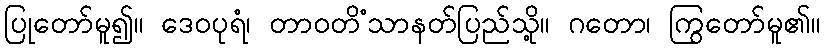
ပြုတော်မူ၍။ ဒေဝပုရံ၊ တာဝတိံသာနတ်ပြည်သို့။ ဂတော၊ ကြွတော်မူ၏။